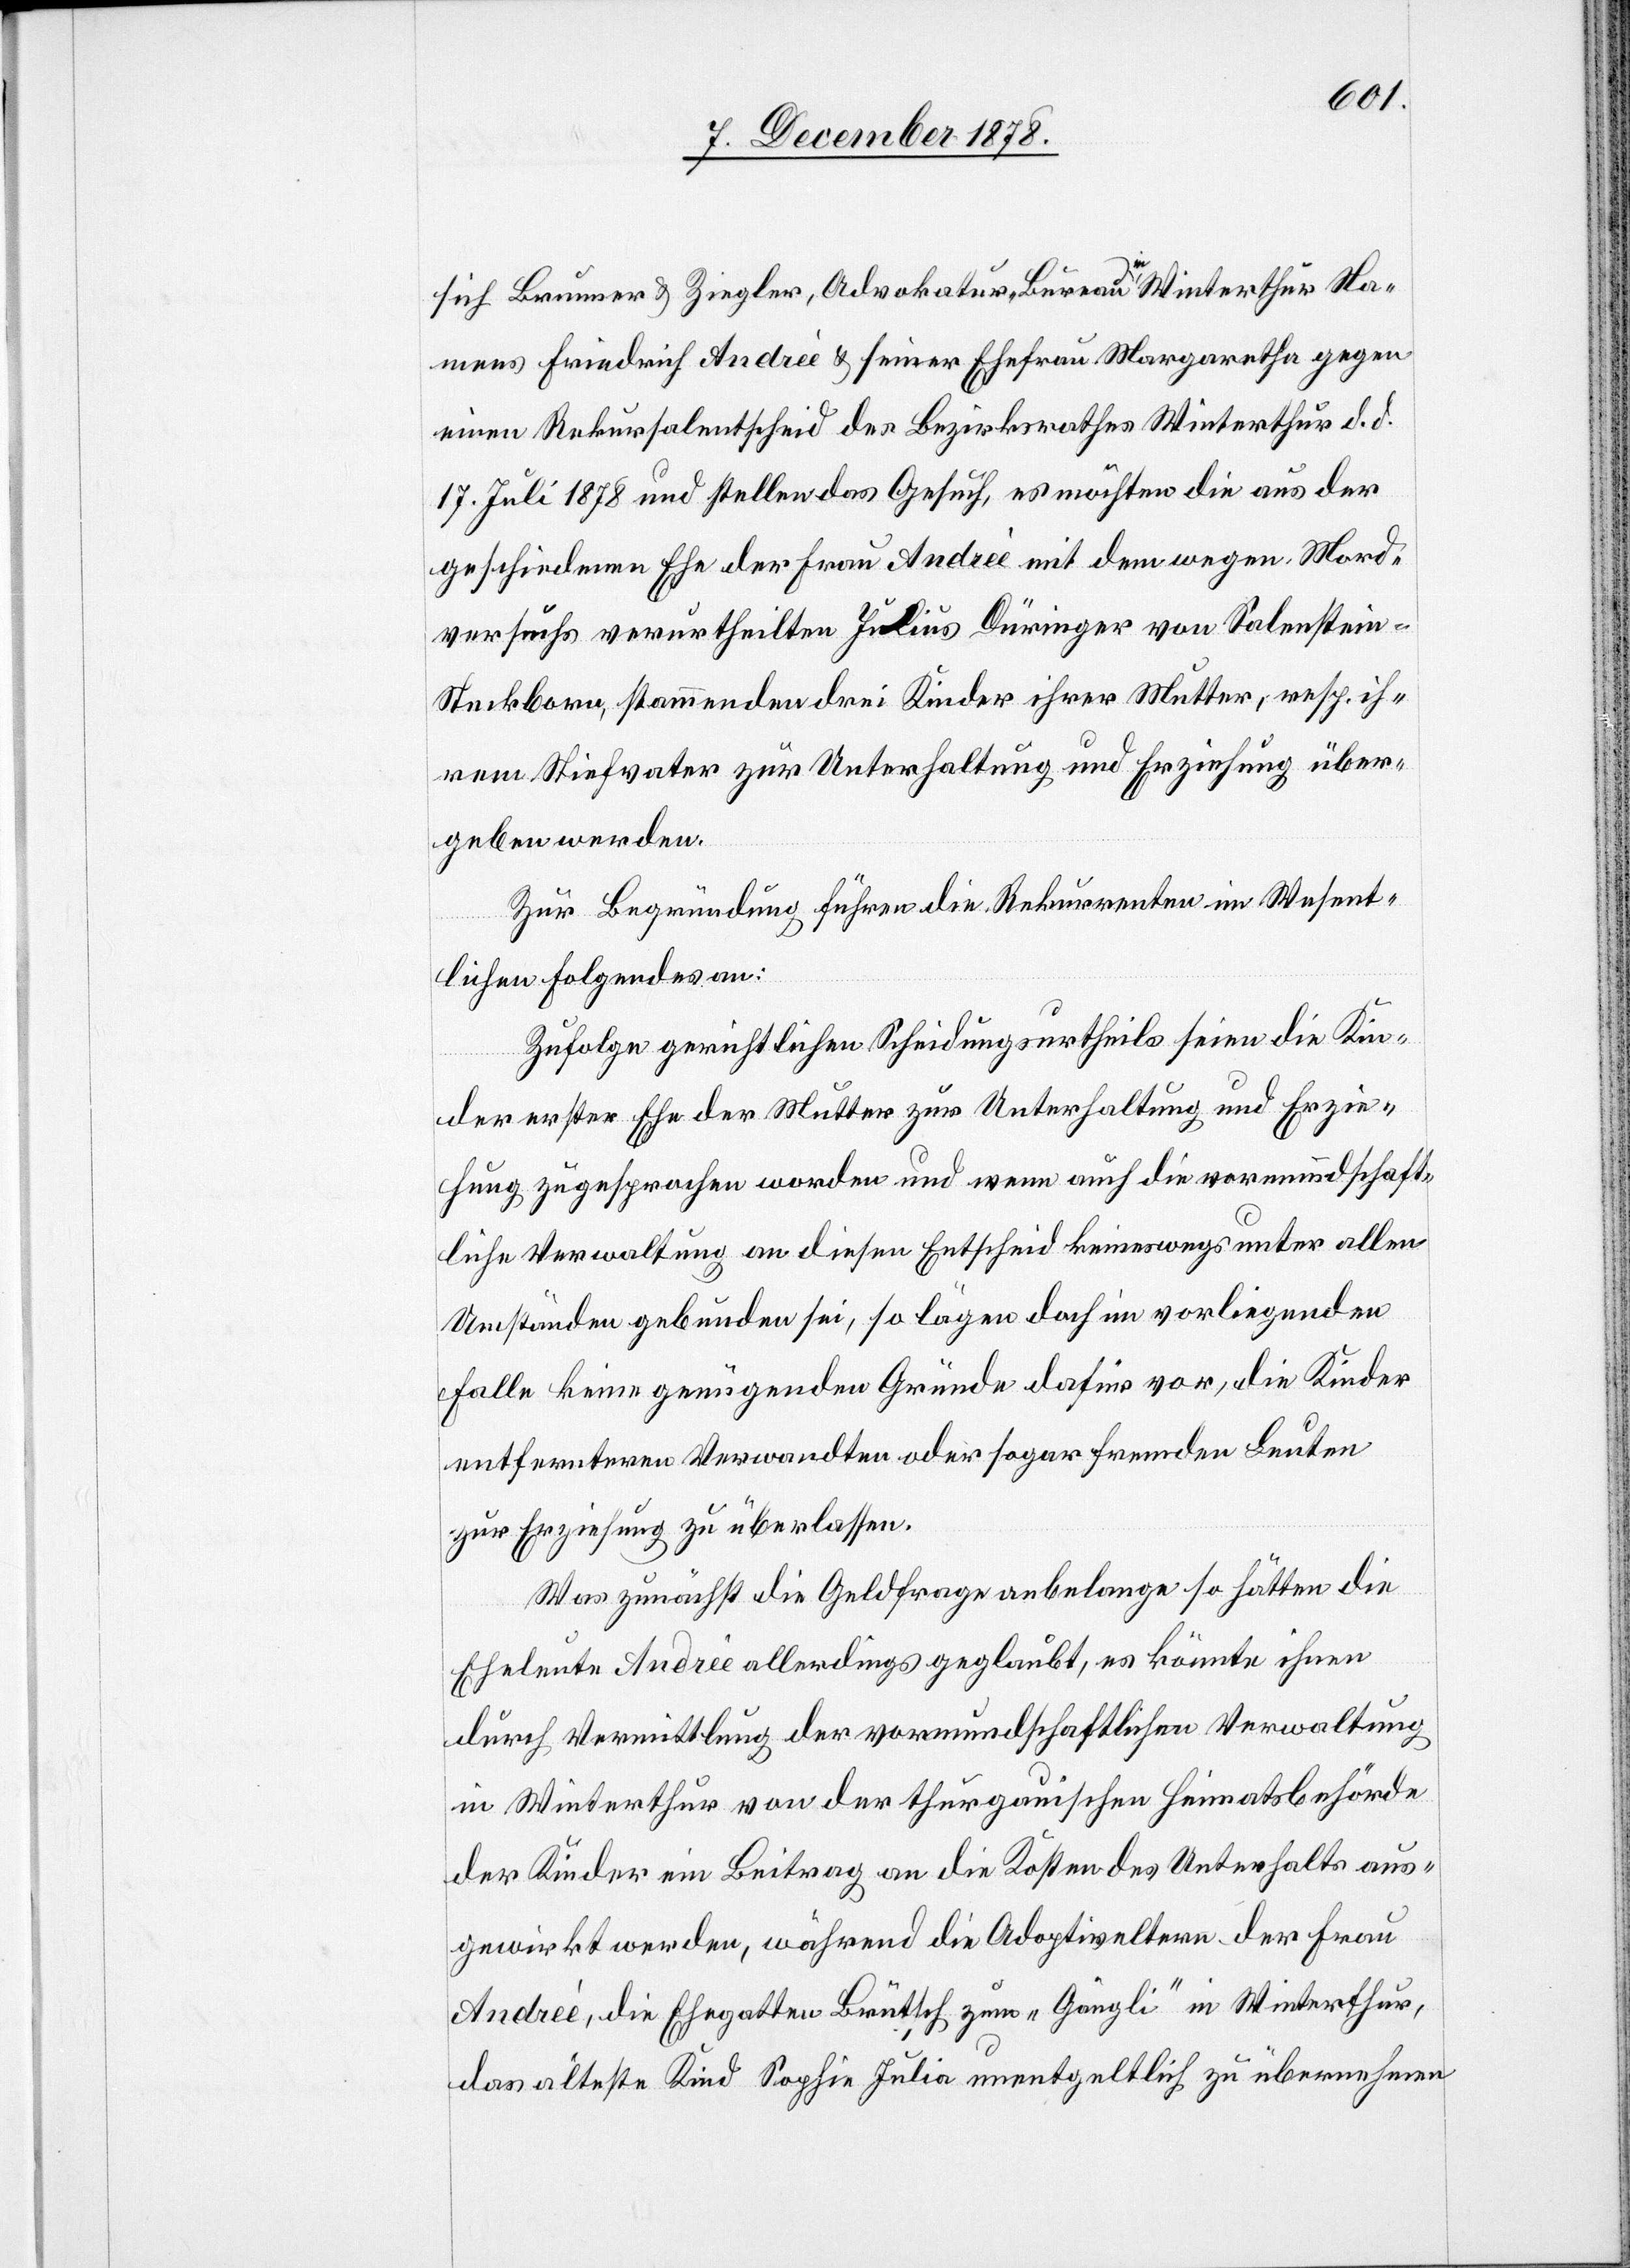
sich Brunner & Ziegler, Advokatur-Bureau in Winterthur Na¬
mens Friedrich Andreè & seiner Ehefrau Margaretha gegen
einen Rekursalentscheid des Bezirksrathes Winterthur d. d.
17. Juli 1878 und stellen das Gesuch, es möchten die aus der
geschiedenen Ehe der Frau Andreè mit dem wegen Mord¬
versuchs verurtheilten Julius Düringer von Salenstein
Steckborn, stammenden drei Kinder ihrer Mutter, resp. ih¬
rem Stiefvater zur Unterhaltung und Erziehung über¬
geben werden.
Zur Begründung führen die Rekurrenten im Wesent¬
lichen Folgendes an:
Zufolge gerichtlichen Scheidungsurtheils seien die Kin¬
der erster Ehe der Mutter zur Unterhaltung und Erzie¬
hung zugesprochen worden und wenn auch die vormundschaft¬
liche Verwaltung an diesen Entscheid keineswegs unter allen
Umständen gebunden sei, so lägen doch im vorliegenden
Falle keine genügenden Gründe dafür vor, die Kinder
entfernteren Verwandten oder sogar fremden Leuten
zur Erziehung zu überlassen.
Was zunächst die Geldfrage anbelange so hätten die
Eheleute Andreé allerdings geglaubt, es könnte ihnen
durch Vermittlung der vormundschaftlichen Verwaltung
in Winterthur von der thurgauischen Heimatsbehörde
der Kinder ein Beitrag an die Kosten des Unterhalts aus¬
gewirkt werden, während die Adoptiveltern der Frau
Andreè , die Ehegatten Brüttsch zum „Gängli“ in Winterthur,
das älteste Kind Sophie Julie unentgeltlich zu übernehmen